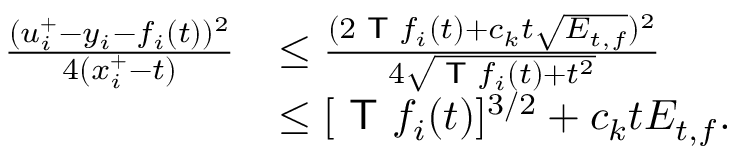
\begin{array} { r l } { \frac { ( u _ { i } ^ { + } - y _ { i } - f _ { i } ( t ) ) ^ { 2 } } { 4 ( x _ { i } ^ { + } - t ) } } & { \le \frac { ( 2 \textsf { T } f _ { i } ( t ) + c _ { k } t \sqrt { E _ { t , f } } ) ^ { 2 } } { 4 \sqrt { \textsf { T } f _ { i } ( t ) + t ^ { 2 } } } } \\ & { \le [ \textsf { T } f _ { i } ( t ) ] ^ { 3 / 2 } + c _ { k } t E _ { t , f } . } \end{array}